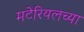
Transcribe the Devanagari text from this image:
मटेरियलच्या